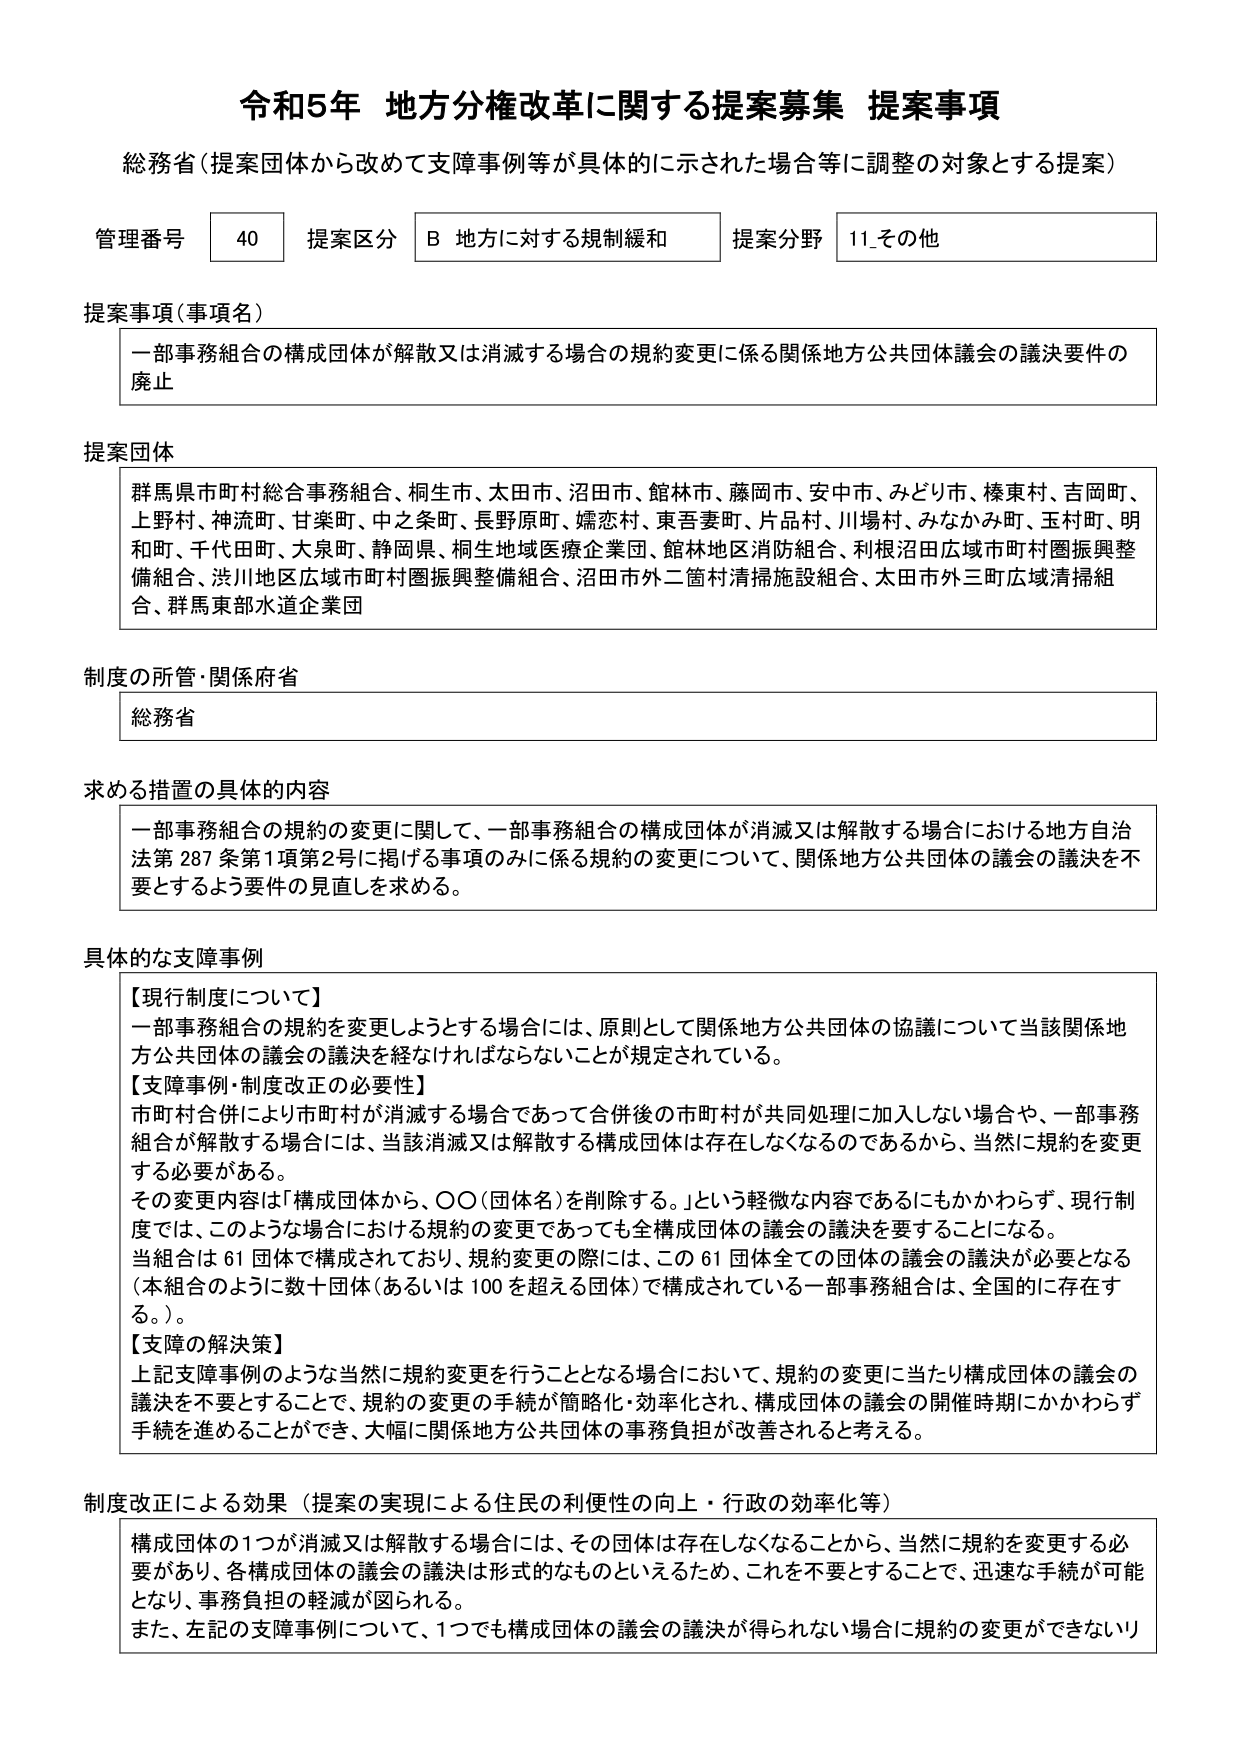
令和5年 地方分権改革に関する提案募集 提案事項
総務省（提案団体から改めて支障事例等が具体的に示された場合等に調整の対象とする提案）

管理番号 40 提案区分 B 地方に対する規制緩和 提案分野 11_その他

提案事項（事項名）
一部事務組合の構成団体が解散又は消滅する場合の規約変更に係る関係地方公共団体議会の議決要件の廃止

提案団体
群馬県市町村総合事務組合、桐生市、太田市、沼田市、館林市、藤岡市、安中市、みどり市、榛東村、吉岡町、上野村、神流町、甘楽町、中之条町、長野原町、嬬恋村、東吾妻町、片品村、川場村、みなかみ町、玉村町、明和町、千代田町、大泉町、静岡県、桐生地域医療企業団、館林地区消防組合、利根沼田広域市町村圏振興整備組合、渋川地区広域市町村圏振興整備組合、沼田市外二箇村清掃施設組合、太田市外三町広域清掃組合、群馬東部水道企業団

制度の所管・関係府省
総務省

求める措置の具体的内容
一部事務組合の規約の変更に関して、一部事務組合の構成団体が消滅又は解散する場合における地方自治法第287条第1項第2号に掲げる事項のみに係る規約の変更について、関係地方公共団体の議会の議決を不要とするよう要件の見直しを求める。

具体的な支障事例
【現行制度について】
一部事務組合の規約を変更しようとする場合には、原則として関係地方公共団体の協議について当該関係地方公共団体の議会の議決を経なければならないことが規定されている。
【支障事例・制度改正の必要性】
市町村合併により市町村が消滅する場合であって合併後の市町村が共同処理に加入しない場合や、一部事務組合が解散する場合には、当該消滅又は解散する構成団体は存在しなくなるのであるから、当然に規約を変更する必要がある。
その変更内容は「構成団体から、〇〇（団体名）を削除する。」という軽微な内容であるにもかかわらず、現行制度では、このような場合における規約の変更であっても全構成団体の議会の議決を要することになる。
当組合は61団体で構成されており、規約変更の際には、この61団体全ての団体の議会の議決が必要となる（本組合のように数十団体（あるいは100を超える団体）で構成されている一部事務組合は、全国的に存在する。）。
【支障の解決策】
上記支障事例のような当然に規約変更を行うこととなる場合において、規約の変更に当たり構成団体の議会の議決を不要とすることで、規約の変更の手続が簡略化・効率化され、構成団体の議会の開催時期にかかわらず手続を進めることができ、大幅に関係地方公共団体の事務負担が改善されると考える。

制度改正による効果（提案の実現による住民の利便性の向上・行政の効率化等）
構成団体の1つが消滅又は解散する場合には、その団体は存在しなくなることから、当然に規約を変更する必要があり、各構成団体の議会の議決は形式的なものといえるため、これを不要とすることで、迅速な手続が可能となり、事務負担の軽減が図られる。
また、左記の支障事例について、1つでも構成団体の議会の議決が得られない場合に規約の変更ができないり